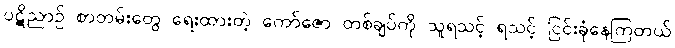
ပဋိညာဉ် စာတမ်းတွေ ရေးထားတဲ့ ကော်ဇော တစ်ချပ်ကို သူရသင့် ရသင့် ငြင်းခုံနေကြတယ်